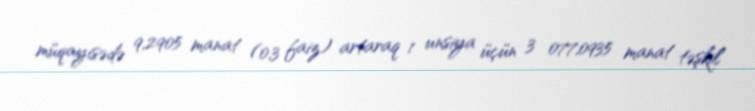
müqayisədə 9,2905 manat (0,3 faiz) artaraq 1 unsiya üçün 3 077,0935 manat təşkil